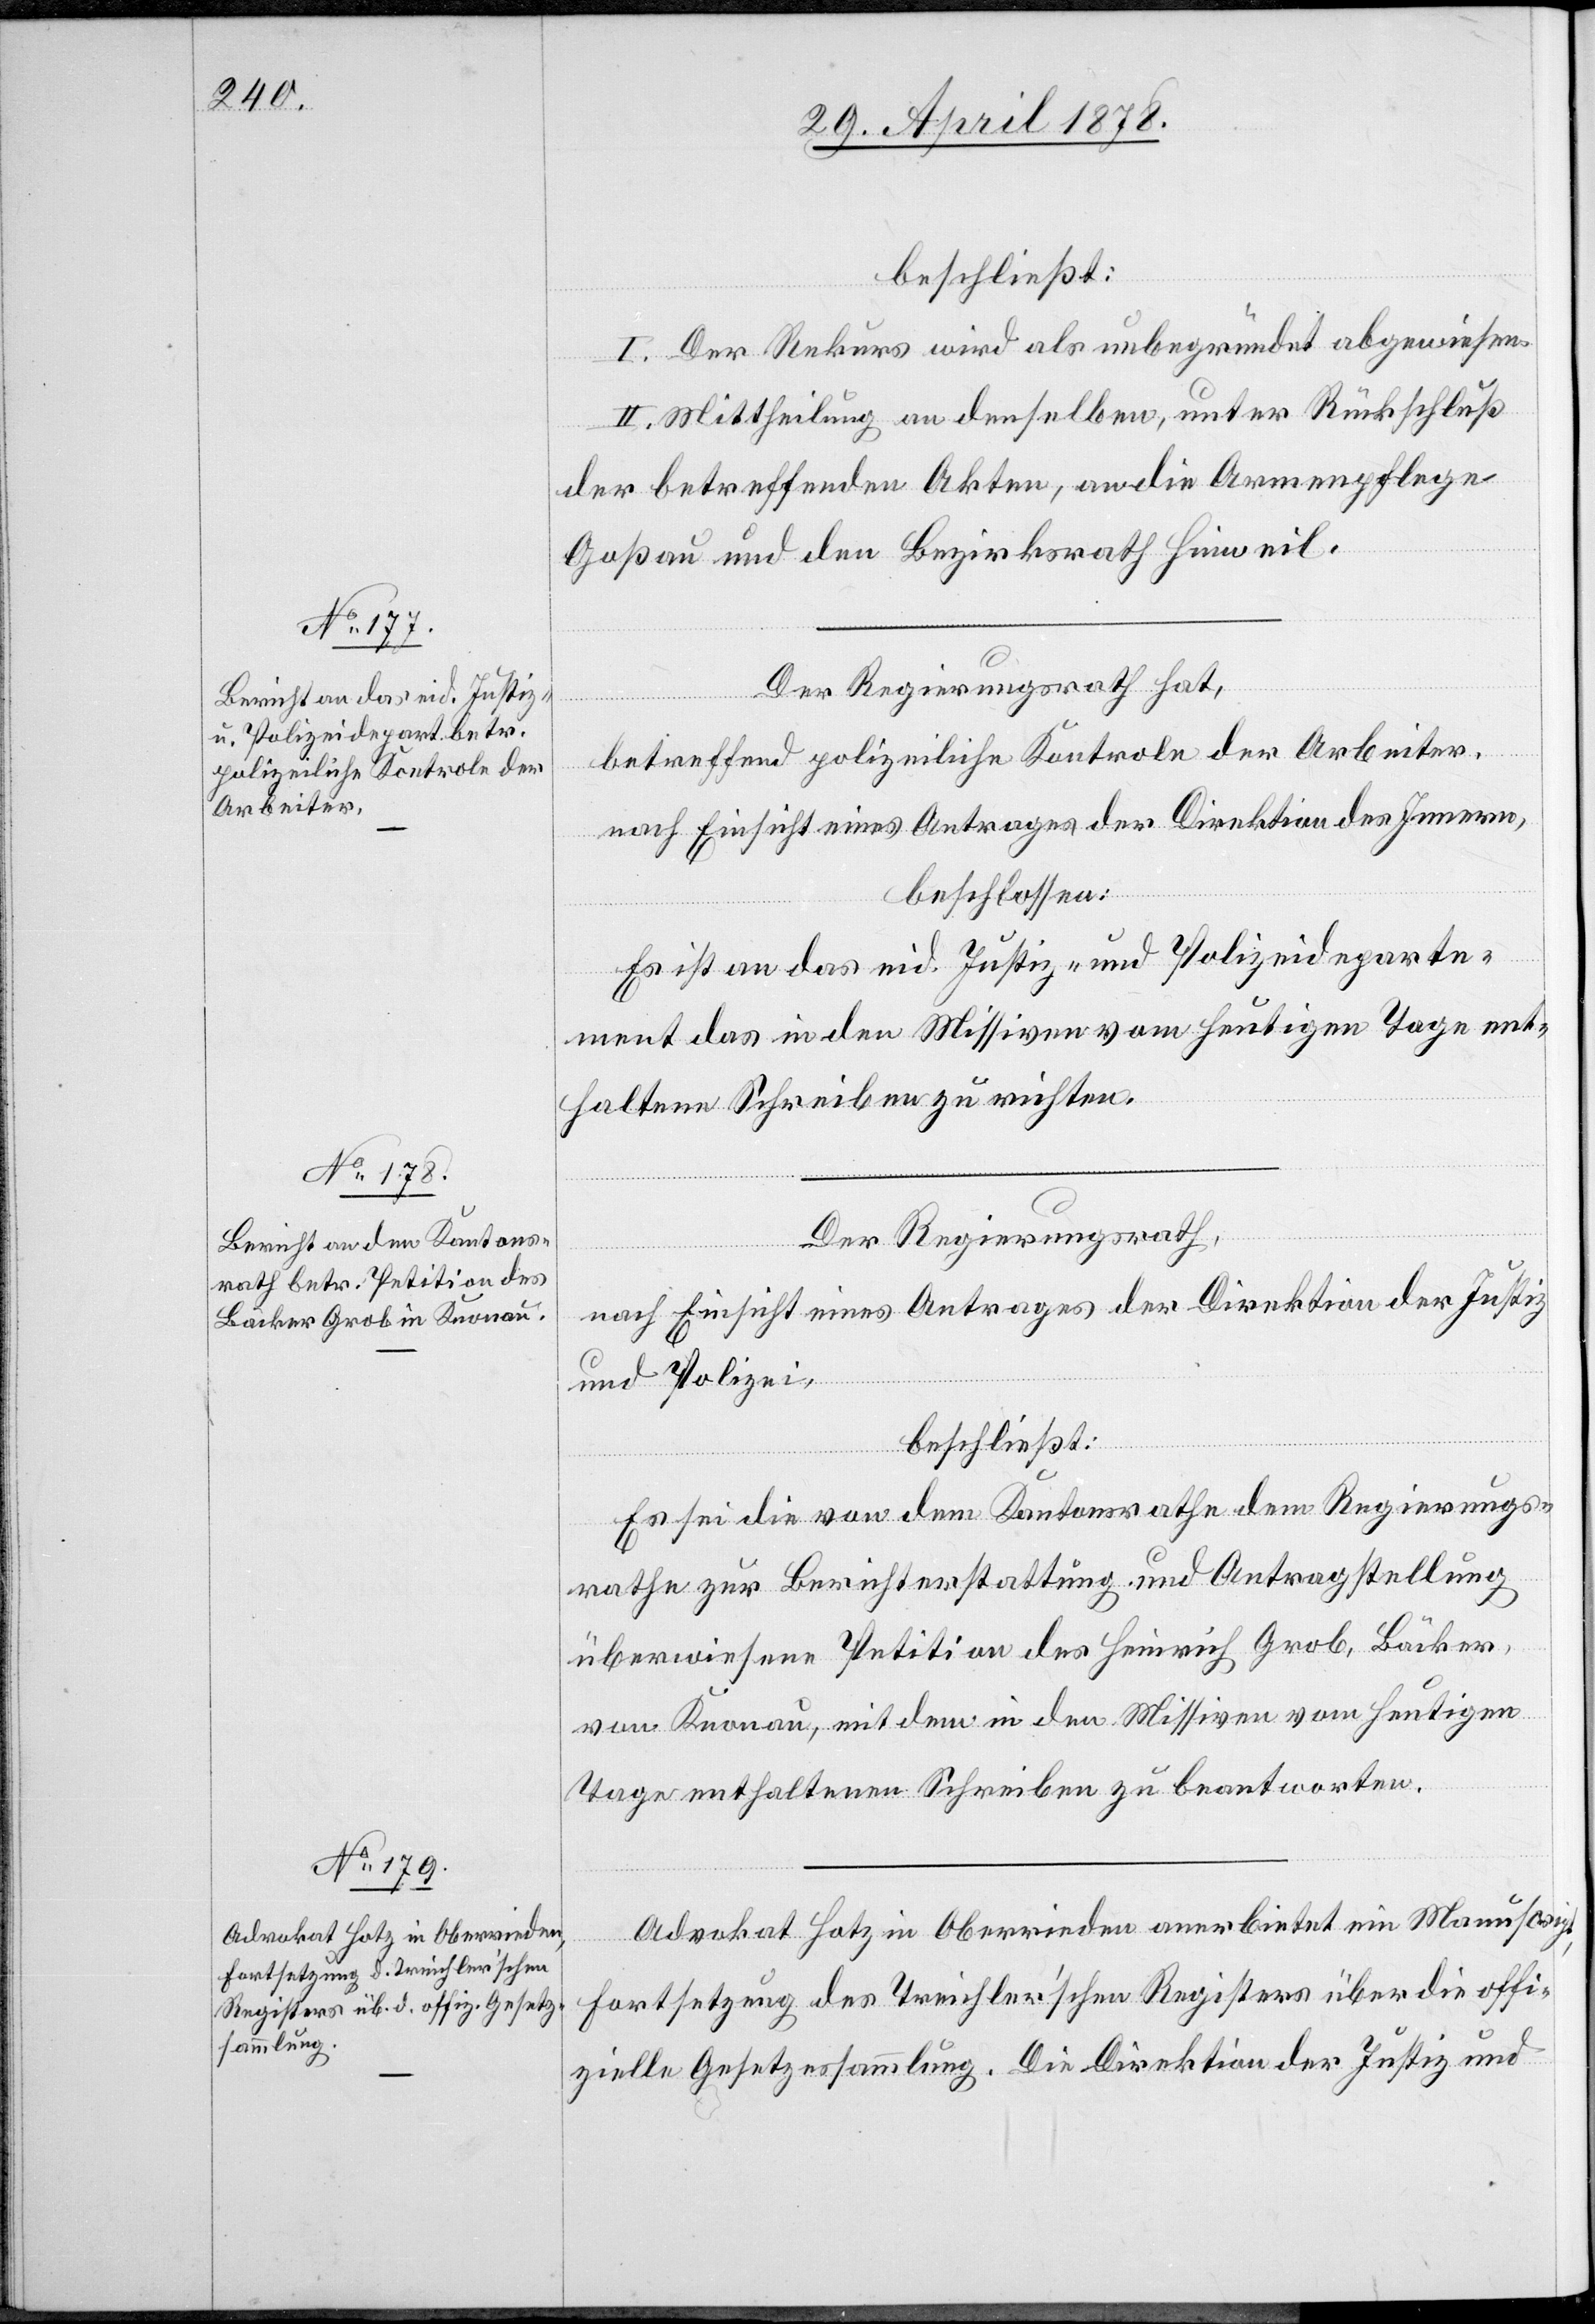
beschließt:
I. Der Rekurs wird als unbegründet abgewiesen.
II. Mittheilung an denselben, unter Rückschluß
der betreffenden Akten, an die Armenpflege
Goßau und den Bezirksrath Hinweil.
Der Regierungsrath hat,
betreffend polizeiliche Kontrole der Arbeiter,
nach Einsicht eines Antrages der Direktion des Innern,
beschlossen:
Es ist an das eid. Justiz- und Polizeideparte¬
ment das in den Missiven vom heutigen Tage ent¬
haltene Schreiben zu richten.
Der Regierungsrath,
nach Einsicht eines Antrages der Direktion der Justiz
und Polizei,
beschließt:
Es sei die von dem Kantonsrathe dem Regierungs¬
rathe zur Berichterstattung und Antragstellung
überwiesene Petition des Heinrich Grob, Bäcker,
von Knonau, mit dem in den Missiven vom heutigen
Tage enthaltenen Schreiben zu beantworten.
Advokat Hotz in Oberrieden anerbietet ein Manuscript,
Fortsetzung des Treichler’schen Registers über die offi¬
zielle Gesetzessammlung. Die Direktion der Justiz und